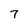
Character: 7